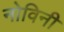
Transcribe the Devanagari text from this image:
नोविनी